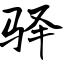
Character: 驿